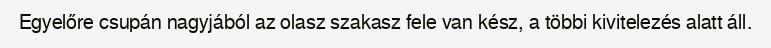
Egyelőre csupán nagyjából az olasz szakasz fele van kész, a többi kivitelezés alatt áll.